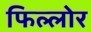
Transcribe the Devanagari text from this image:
फिल्लोर